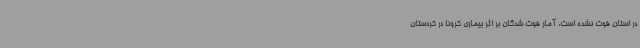
در استان فوت نشده است، آمار فوت شدگان بر اثر بیماری کرونا در کردستان